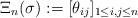
LaTeX: \begin{align*} \Xi_n(\sigma):=[\theta_{ij}]_{1\leq i,j\leq n}\end{align*}